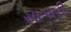
સાગારી